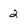
Character: 2